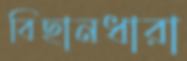
বিছানধারা